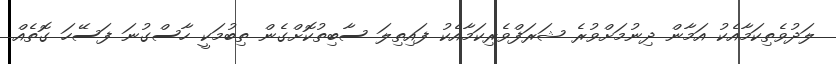
ލަދުވެތިކަމާއެކު އަމާން ދިނުމަށްވުރެ ޝަރަފްވެރިކަމާއެކު ފައިތިލަ ސާބިތުކޮށްގެން ތިބުމަކީ ހާސްގުނަ ފަސޭހަ ގޮތެއް